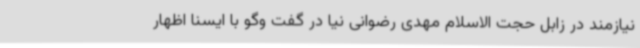
نیازمند در زابل حجت الاسلام مهدی رضوانی نیا در گفت وگو با ایسنا اظهار